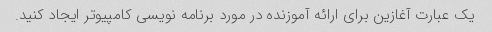
یک عبارت آغازین برای ارائه آموزنده در مورد برنامه نویسی کامپیوتر ایجاد کنید.